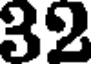
32